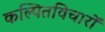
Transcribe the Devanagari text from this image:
कल्पितविचारों